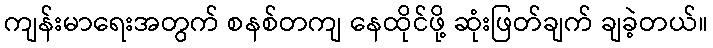
ကျန်းမာရေးအတွက် စနစ်တကျ နေထိုင်ဖို့ ဆုံးဖြတ်ချက် ချခဲ့တယ်။